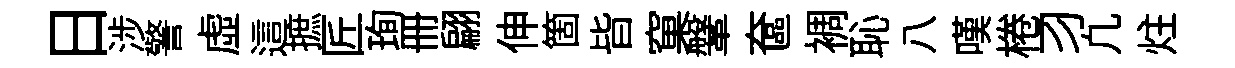
日涉警虛這摭匠珣册翩伸箇𣅜窠鞶奩裯恥八嘆棬习凢炷